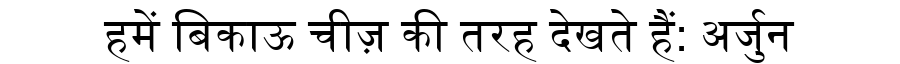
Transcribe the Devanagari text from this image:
हमें बिकाऊ चीज़ की तरह देखते हैं: अर्जुन